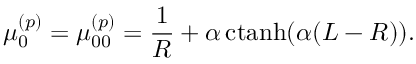
\mu _ { 0 } ^ { ( p ) } = \mu _ { 0 0 } ^ { ( p ) } = \frac { 1 } { R } + \alpha \, \mathrm { c t a n h } ( \alpha ( L - R ) ) .